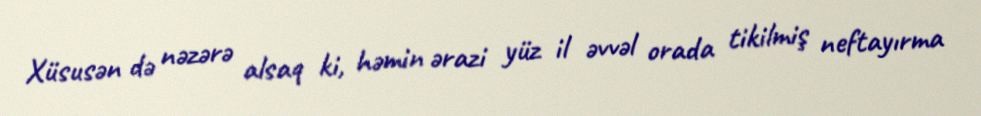
Xüsusən də nəzərə alsaq ki, həmin ərazi yüz il əvvəl orada tikilmiş neftayırma